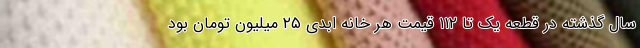
سال گذشته در قطعه یک تا ۱۱۲ قیمت هر خانه ابدی ۲۵ میلیون تومان بود